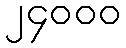
၂၄၀၀၀